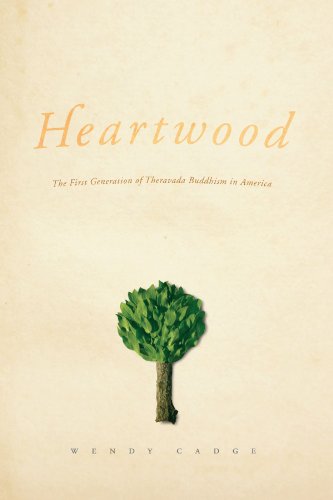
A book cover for Heartwood: The First Generation of Theravada Buddhism in America (Morality and Society Series); Wendy Cadge; Religion & Spirituality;